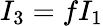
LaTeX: I_{3}=fI_{1}